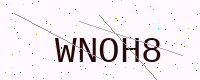
Text: WNOH8